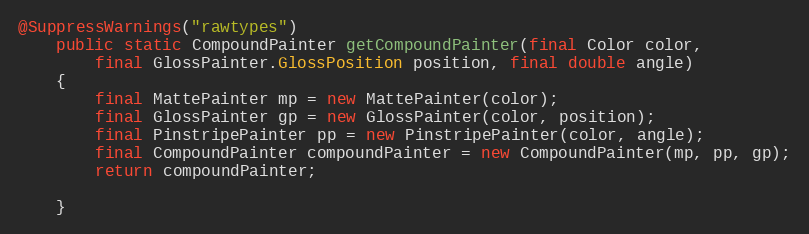
Language: Java
@SuppressWarnings("rawtypes")
	public static CompoundPainter getCompoundPainter(final Color color,
		final GlossPainter.GlossPosition position, final double angle)
	{
		final MattePainter mp = new MattePainter(color);
		final GlossPainter gp = new GlossPainter(color, position);
		final PinstripePainter pp = new PinstripePainter(color, angle);
		final CompoundPainter compoundPainter = new CompoundPainter(mp, pp, gp);
		return compoundPainter;

	}